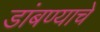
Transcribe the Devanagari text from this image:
डांबण्याचे